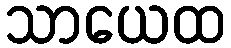
သာယေထ